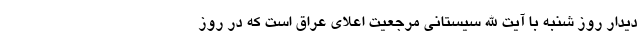
دیدار روز شنبه با آیت الله سیستانی مرجعیت اعلای عراق است که در روز